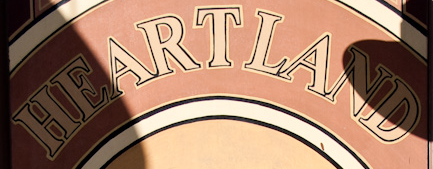
HEARTLAND